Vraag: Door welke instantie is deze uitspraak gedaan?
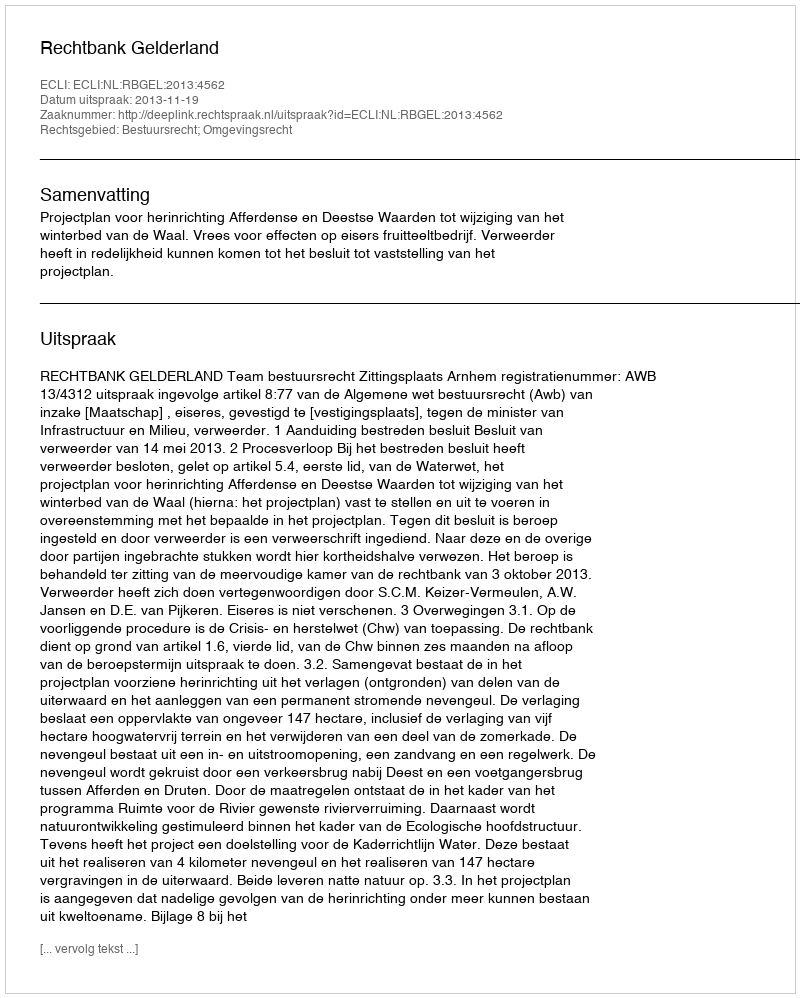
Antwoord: Rechtbank Gelderland